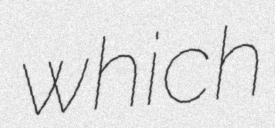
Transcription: which